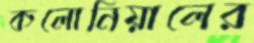
কলোনিয়ালের